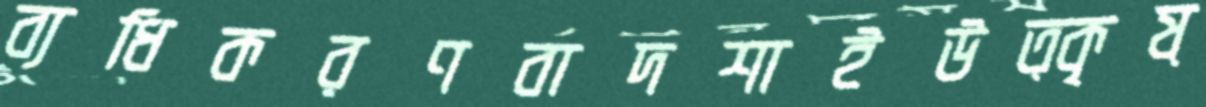
ব্যধিকরণবাদশাইউত্কৃষ্